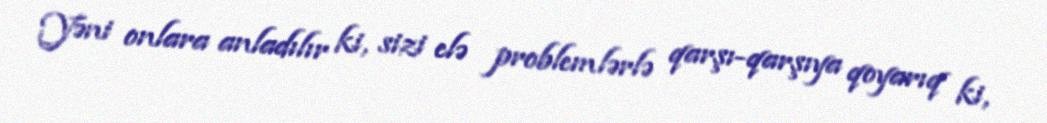
Yəni onlara anladılır ki, sizi elə problemlərlə qarşı-qarşıya qoyarıq ki,